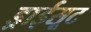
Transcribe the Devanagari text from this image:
ड्राईसूट